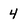
Character: 4